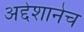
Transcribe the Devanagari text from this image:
अद्देशानेच